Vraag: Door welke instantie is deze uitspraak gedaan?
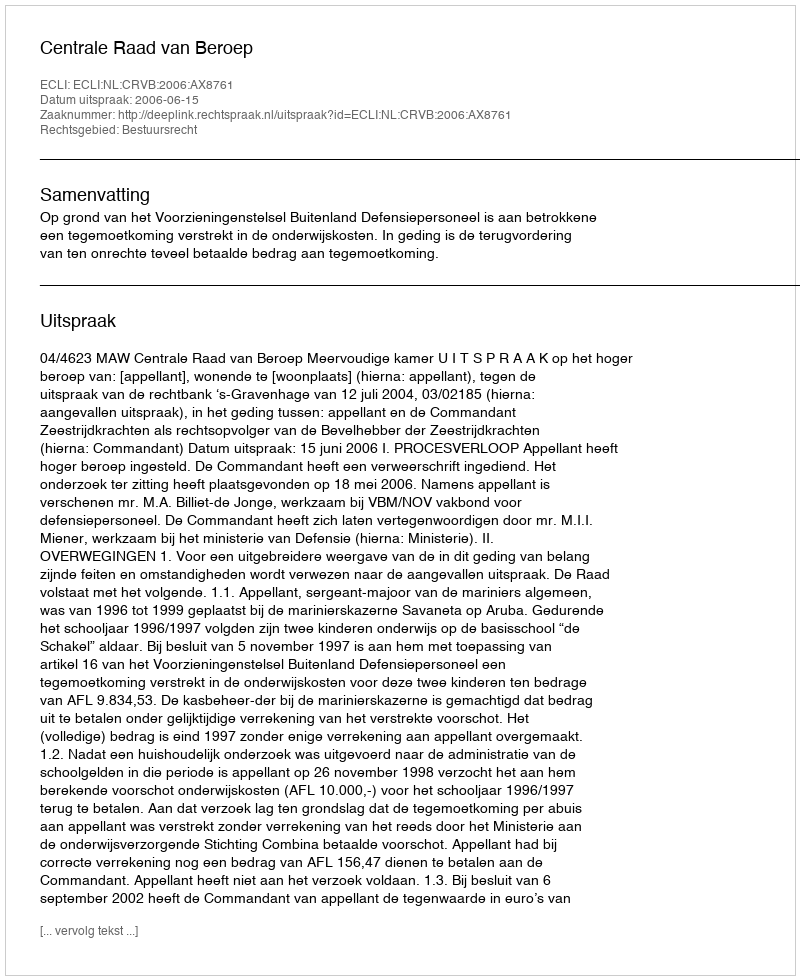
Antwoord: Centrale Raad van Beroep